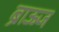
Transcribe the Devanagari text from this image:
ब्राऊज